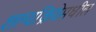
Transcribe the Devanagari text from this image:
शल्यक्रियेमधील